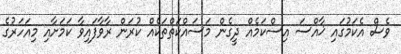
ވެސް އެކަމުގައި ޚާއްސަ އިސްކަމެއް ދީގެން މަސައްކަތްތަކެއް ކުރަން ރާވާފައިވާ ކަމަށާއި މިއަހަރުގެ